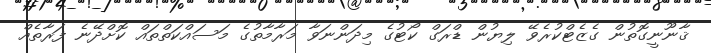
ޤާނޫނީގޮތުން ގެޒެޓްކުރެވޭ ލިޔުން ޑްރަގް ކޯޓުގެ މިދަންނަވާ މަރާމާތުގެ މަސައްކަތްތައް ކޮށްދޭނެ ފަރާތެއް